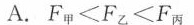
A.$$F_{甲}<F_{乙}<F_{丙}$$